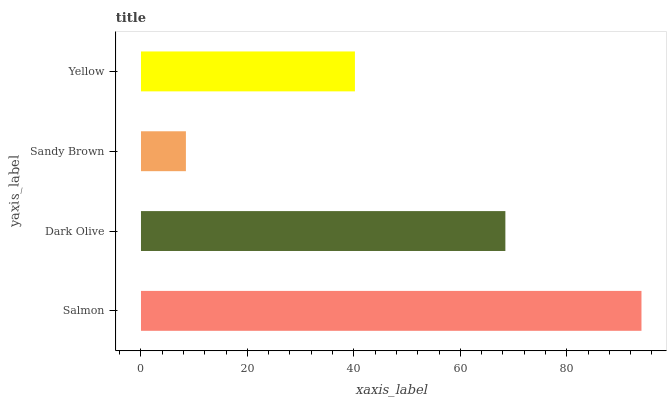
| yaxis_label | bars |
 | --- | --- |
 | Salmon | 94 |
 | Dark Olive | 68.5 |
 | Sandy Brown | 8.44 |
 | Yellow | 40.2 |